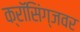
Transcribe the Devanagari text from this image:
क्राॅसिंग्जवर